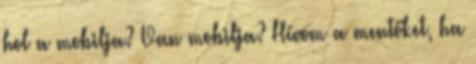
hol a mobilja? Van mobilja? Hívom a mentőket, ha